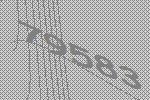
79583